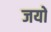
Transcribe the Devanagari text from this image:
जयों